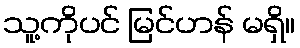
သူ့ကိုပင် မြင်ဟန် မရှိ။